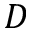
D